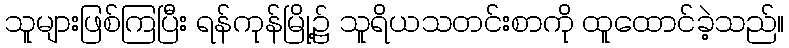
သူများဖြစ်ကြပြီး ရန်ကုန်မြို့၌ သူရိယသတင်းစာကို ထူထောင်ခဲ့သည်။